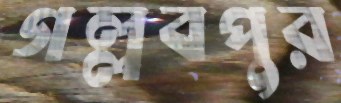
গল্লবপুর